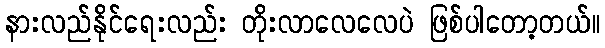
နားလည်နိုင်ရေးလည်း တိုးလာလေလေပဲ ဖြစ်ပါတော့တယ်။